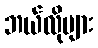
ဘယ်လိုများ